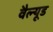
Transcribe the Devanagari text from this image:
वैल्यूड